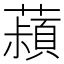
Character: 𬟄